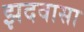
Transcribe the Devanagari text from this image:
झदवासा